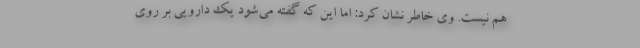
هم نیست. وی خاطر نشان کرد: اما این که گفته می‌شود یک دارویی بر روی